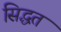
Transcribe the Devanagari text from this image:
सिद्धत